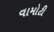
વામોટી